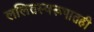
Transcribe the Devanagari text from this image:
ललितस्वरूपातही